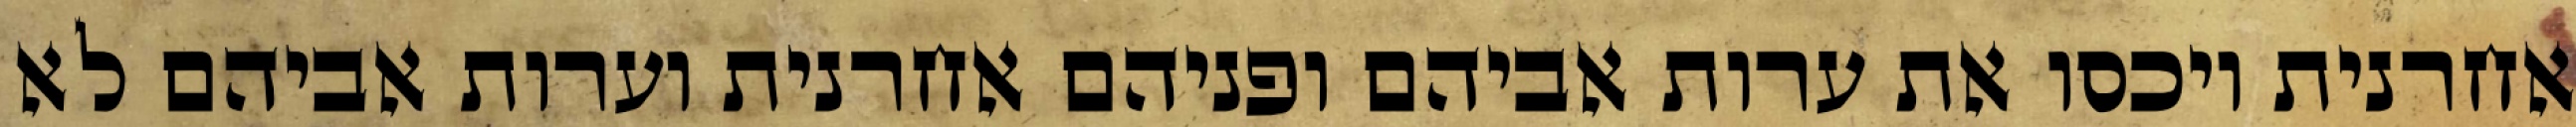
אחרנית ויכסו את ערות אביהם ופניהם אחרנית וערות אביהם לא